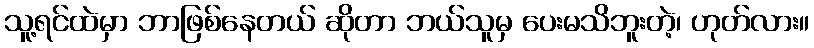
သူ့ရင်ထဲမှာ ဘာဖြစ်နေတယ် ဆိုတာ ဘယ်သူမှ ပေးမသိဘူးတဲ့၊ ဟုတ်လား။